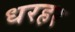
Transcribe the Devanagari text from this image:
धरहर